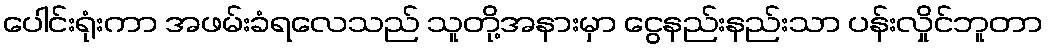
ပေါင်းရုံးကာ အဖမ်းခံရလေသည် သူတို့အနားမှာ ငွေနည်းနည်းသာ ပန်းလှိုင်ဘူတာ